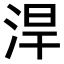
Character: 𣵡